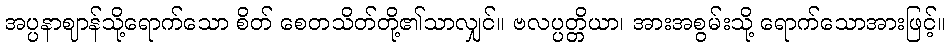
အပ္ပနာဈာန်သို့ရောက်သော စိတ် စေတသိတ်တို့၏သာလျှင်။ ဗလပ္ပတ္တိယာ၊ အားအစွမ်းသို့ ရောက်သောအားဖြင့်။